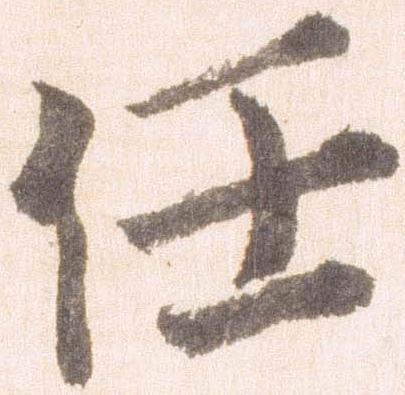
任